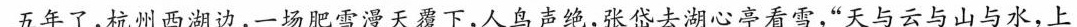
五年了，杭州西湖边，一场肥雪漫天覆下，人鸟声绝，张岱去湖心亭看雪，天与云与山与水，上